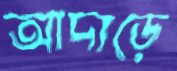
আদাড়ে